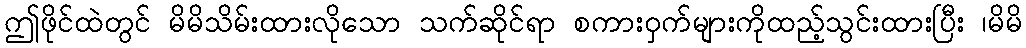
ဤဖိုင်ထဲတွင် မိမိသိမ်းထားလိုသော သက်ဆိုင်ရာ စကားဝှက်များကိုထည့်သွင်းထားပြီး ၊မိမိ